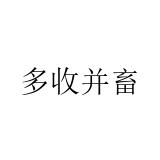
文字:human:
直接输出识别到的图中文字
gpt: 多收并畜